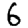
Digit: 6